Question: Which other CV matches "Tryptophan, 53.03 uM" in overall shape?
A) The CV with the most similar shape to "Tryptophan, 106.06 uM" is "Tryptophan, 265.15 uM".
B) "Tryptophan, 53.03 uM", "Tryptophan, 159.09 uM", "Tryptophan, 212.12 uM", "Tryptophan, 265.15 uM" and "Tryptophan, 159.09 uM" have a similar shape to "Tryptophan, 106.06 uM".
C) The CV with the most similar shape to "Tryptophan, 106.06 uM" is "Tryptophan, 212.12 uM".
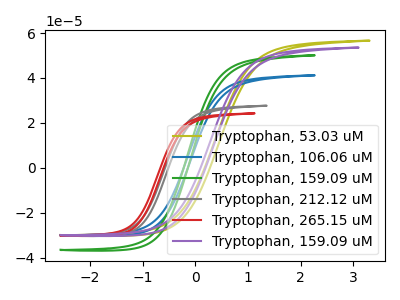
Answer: <think>The olive curve "Tryptophan, 53.03 uM" has no peaks. The blue curve "Tryptophan, 106.06 uM" has no peaks. The green curve "Tryptophan, 159.09 uM" has no peaks. The gray curve "Tryptophan, 212.12 uM" has no peaks. The red curve "Tryptophan, 265.15 uM" has no peaks. The purple curve "Tryptophan, 159.09 uM" has no peaks.
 Neither "Tryptophan, 53.03 uM" or "Tryptophan, 106.06 uM" have any peaks. Neither "Tryptophan, 53.03 uM" or "Tryptophan, 159.09 uM" have any peaks. Neither "Tryptophan, 53.03 uM" or "Tryptophan, 212.12 uM" have any peaks. Neither "Tryptophan, 53.03 uM" or "Tryptophan, 265.15 uM" have any peaks. Neither "Tryptophan, 53.03 uM" or "Tryptophan, 159.09 uM" have any peaks. Neither "Tryptophan, 106.06 uM" or "Tryptophan, 159.09 uM" have any peaks. Neither "Tryptophan, 106.06 uM" or "Tryptophan, 212.12 uM" have any peaks. Neither "Tryptophan, 106.06 uM" or "Tryptophan, 265.15 uM" have any peaks. Neither "Tryptophan, 106.06 uM" or "Tryptophan, 159.09 uM" have any peaks. Neither "Tryptophan, 159.09 uM" or "Tryptophan, 212.12 uM" have any peaks. Neither "Tryptophan, 159.09 uM" or "Tryptophan, 265.15 uM" have any peaks. Neither "Tryptophan, 159.09 uM" or "Tryptophan, 159.09 uM" have any peaks. Neither "Tryptophan, 212.12 uM" or "Tryptophan, 265.15 uM" have any peaks. Neither "Tryptophan, 212.12 uM" or "Tryptophan, 159.09 uM" have any peaks. Neither "Tryptophan, 265.15 uM" or "Tryptophan, 159.09 uM" have any peaks.</think>
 <answer>B) "Tryptophan, 53.03 uM", "Tryptophan, 159.09 uM", "Tryptophan, 212.12 uM", "Tryptophan, 265.15 uM" and "Tryptophan, 159.09 uM" have a similar shape to "Tryptophan, 106.06 uM".</answer>
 <eval>B</eval>